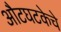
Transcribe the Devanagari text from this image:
औटघटकेचे